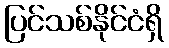
ပြင်သစ်နိုင်ငံရှိ